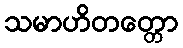
သမာဟိတတ္တော